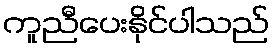
ကူညီပေးနိုင်ပါသည်